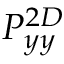
P _ { y y } ^ { 2 D }